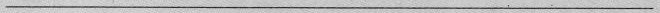
___